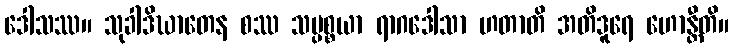
ဒေါသဿ။ သုခါဒိဃာတေန စဿ သပ္ပစ္စယာ ရာဂဒေါသာ ဟတာတိ အတိဒူရေ ဟောန္တီတိ။